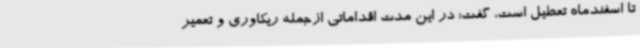
تا اسفندماه تعطیل است، گفت: در این مدت اقداماتی ازجمله ریکاوری و تعمیر